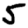
Digit: 5